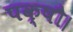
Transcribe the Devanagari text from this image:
पक्षौ।